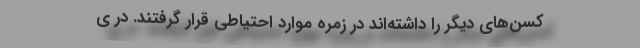
کسن‌های دیگر را داشته‌اند در زمره موارد احتیاطی قرار گرفتند. در ی